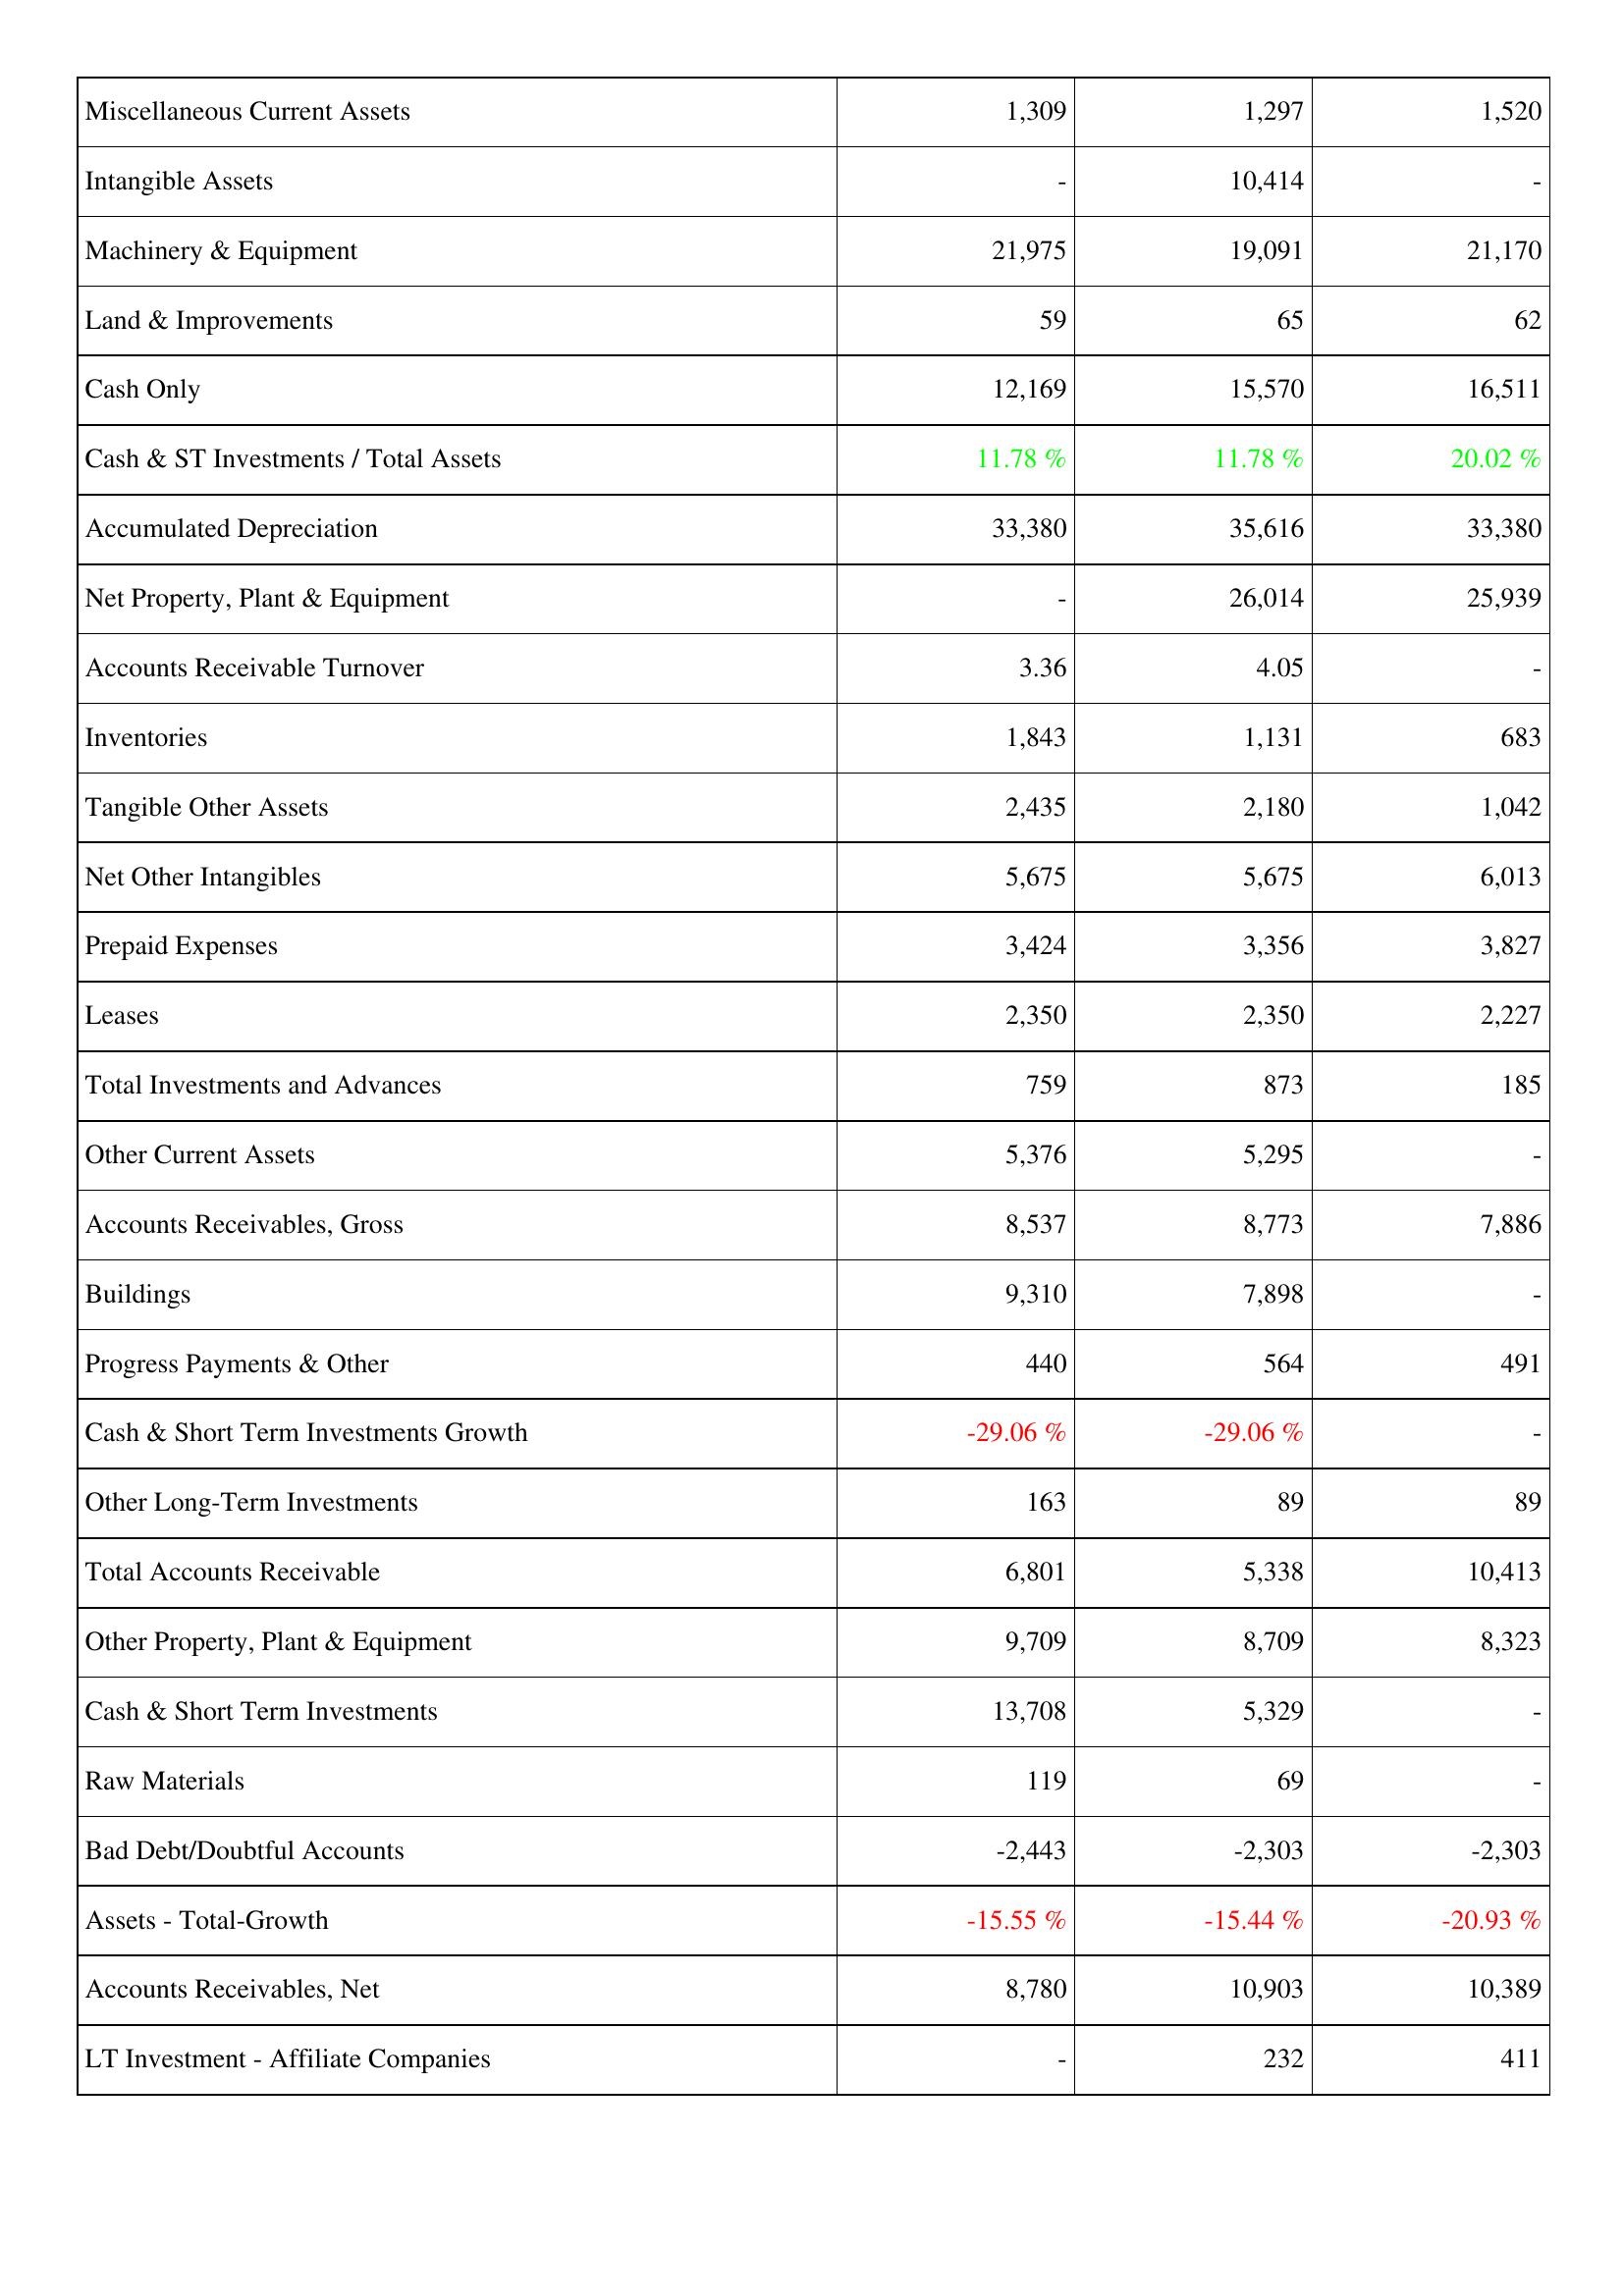
2010: Assets: Miscellaneous Current Assets: 1,309
Intangible Assets: -
Machinery & Equipment: 21,975
Land & Improvements: 59
Cash Only: 12,169
Cash & ST Investments / Total Assets: 11.78 %
Accumulated Depreciation: 33,380
Net Property, Plant & Equipment: -
Accounts Receivable Turnover: 3.36
Inventories: 1,843
Tangible Other Assets: 2,435
Net Other Intangibles: 5,675
Prepaid Expenses: 3,424
Leases: 2,350
Total Investments and Advances: 759
Other Current Assets: 5,376
Accounts Receivables, Gross: 8,537
Buildings: 9,310
Progress Payments & Other: 440
Cash & Short Term Investments Growth: -29.06 %
Other Long-Term Investments: 163
Total Accounts Receivable: 6,801
Other Property, Plant & Equipment: 9,709
Cash & Short Term Investments: 13,708
Raw Materials: 119
Bad Debt/Doubtful Accounts: -2,443
Assets - Total-Growth: -15.55 %
Accounts Receivables, Net: 8,780
LT Investment - Affiliate Companies: -
2011: Assets: Miscellaneous Current Assets: 1,297
Intangible Assets: 10,414
Machinery & Equipment: 19,091
Land & Improvements: 65
Cash Only: 15,570
Cash & ST Investments / Total Assets: 11.78 %
Accumulated Depreciation: 35,616
Net Property, Plant & Equipment: 26,014
Accounts Receivable Turnover: 4.05
Inventories: 1,131
Tangible Other Assets: 2,180
Net Other Intangibles: 5,675
Prepaid Expenses: 3,356
Leases: 2,350
Total Investments and Advances: 873
Other Current Assets: 5,295
Accounts Receivables, Gross: 8,773
Buildings: 7,898
Progress Payments & Other: 564
Cash & Short Term Investments Growth: -29.06 %
Other Long-Term Investments: 89
Total Accounts Receivable: 5,338
Other Property, Plant & Equipment: 8,709
Cash & Short Term Investments: 5,329
Raw Materials: 69
Bad Debt/Doubtful Accounts: -2,303
Assets - Total-Growth: -15.44 %
Accounts Receivables, Net: 10,903
LT Investment - Affiliate Companies: 232
2012: Assets: Miscellaneous Current Assets: 1,520
Intangible Assets: -
Machinery & Equipment: 21,170
Land & Improvements: 62
Cash Only: 16,511
Cash & ST Investments / Total Assets: 20.02 %
Accumulated Depreciation: 33,380
Net Property, Plant & Equipment: 25,939
Accounts Receivable Turnover: -
Inventories: 683
Tangible Other Assets: 1,042
Net Other Intangibles: 6,013
Prepaid Expenses: 3,827
Leases: 2,227
Total Investments and Advances: 185
Other Current Assets: -
Accounts Receivables, Gross: 7,886
Buildings: -
Progress Payments & Other: 491
Cash & Short Term Investments Growth: -
Other Long-Term Investments: 89
Total Accounts Receivable: 10,413
Other Property, Plant & Equipment: 8,323
Cash & Short Term Investments: -
Raw Materials: -
Bad Debt/Doubtful Accounts: -2,303
Assets - Total-Growth: -20.93 %
Accounts Receivables, Net: 10,389
LT Investment - Affiliate Companies: 411